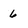
Character: 6